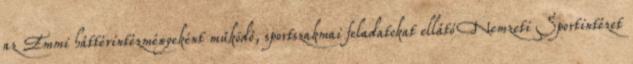
az Emmi háttérintézményeként működő, sportszakmai feladatokat ellátó Nemzeti Sportintézet